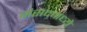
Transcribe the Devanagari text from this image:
संसदमध्ये